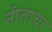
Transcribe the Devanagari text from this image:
नीताचा